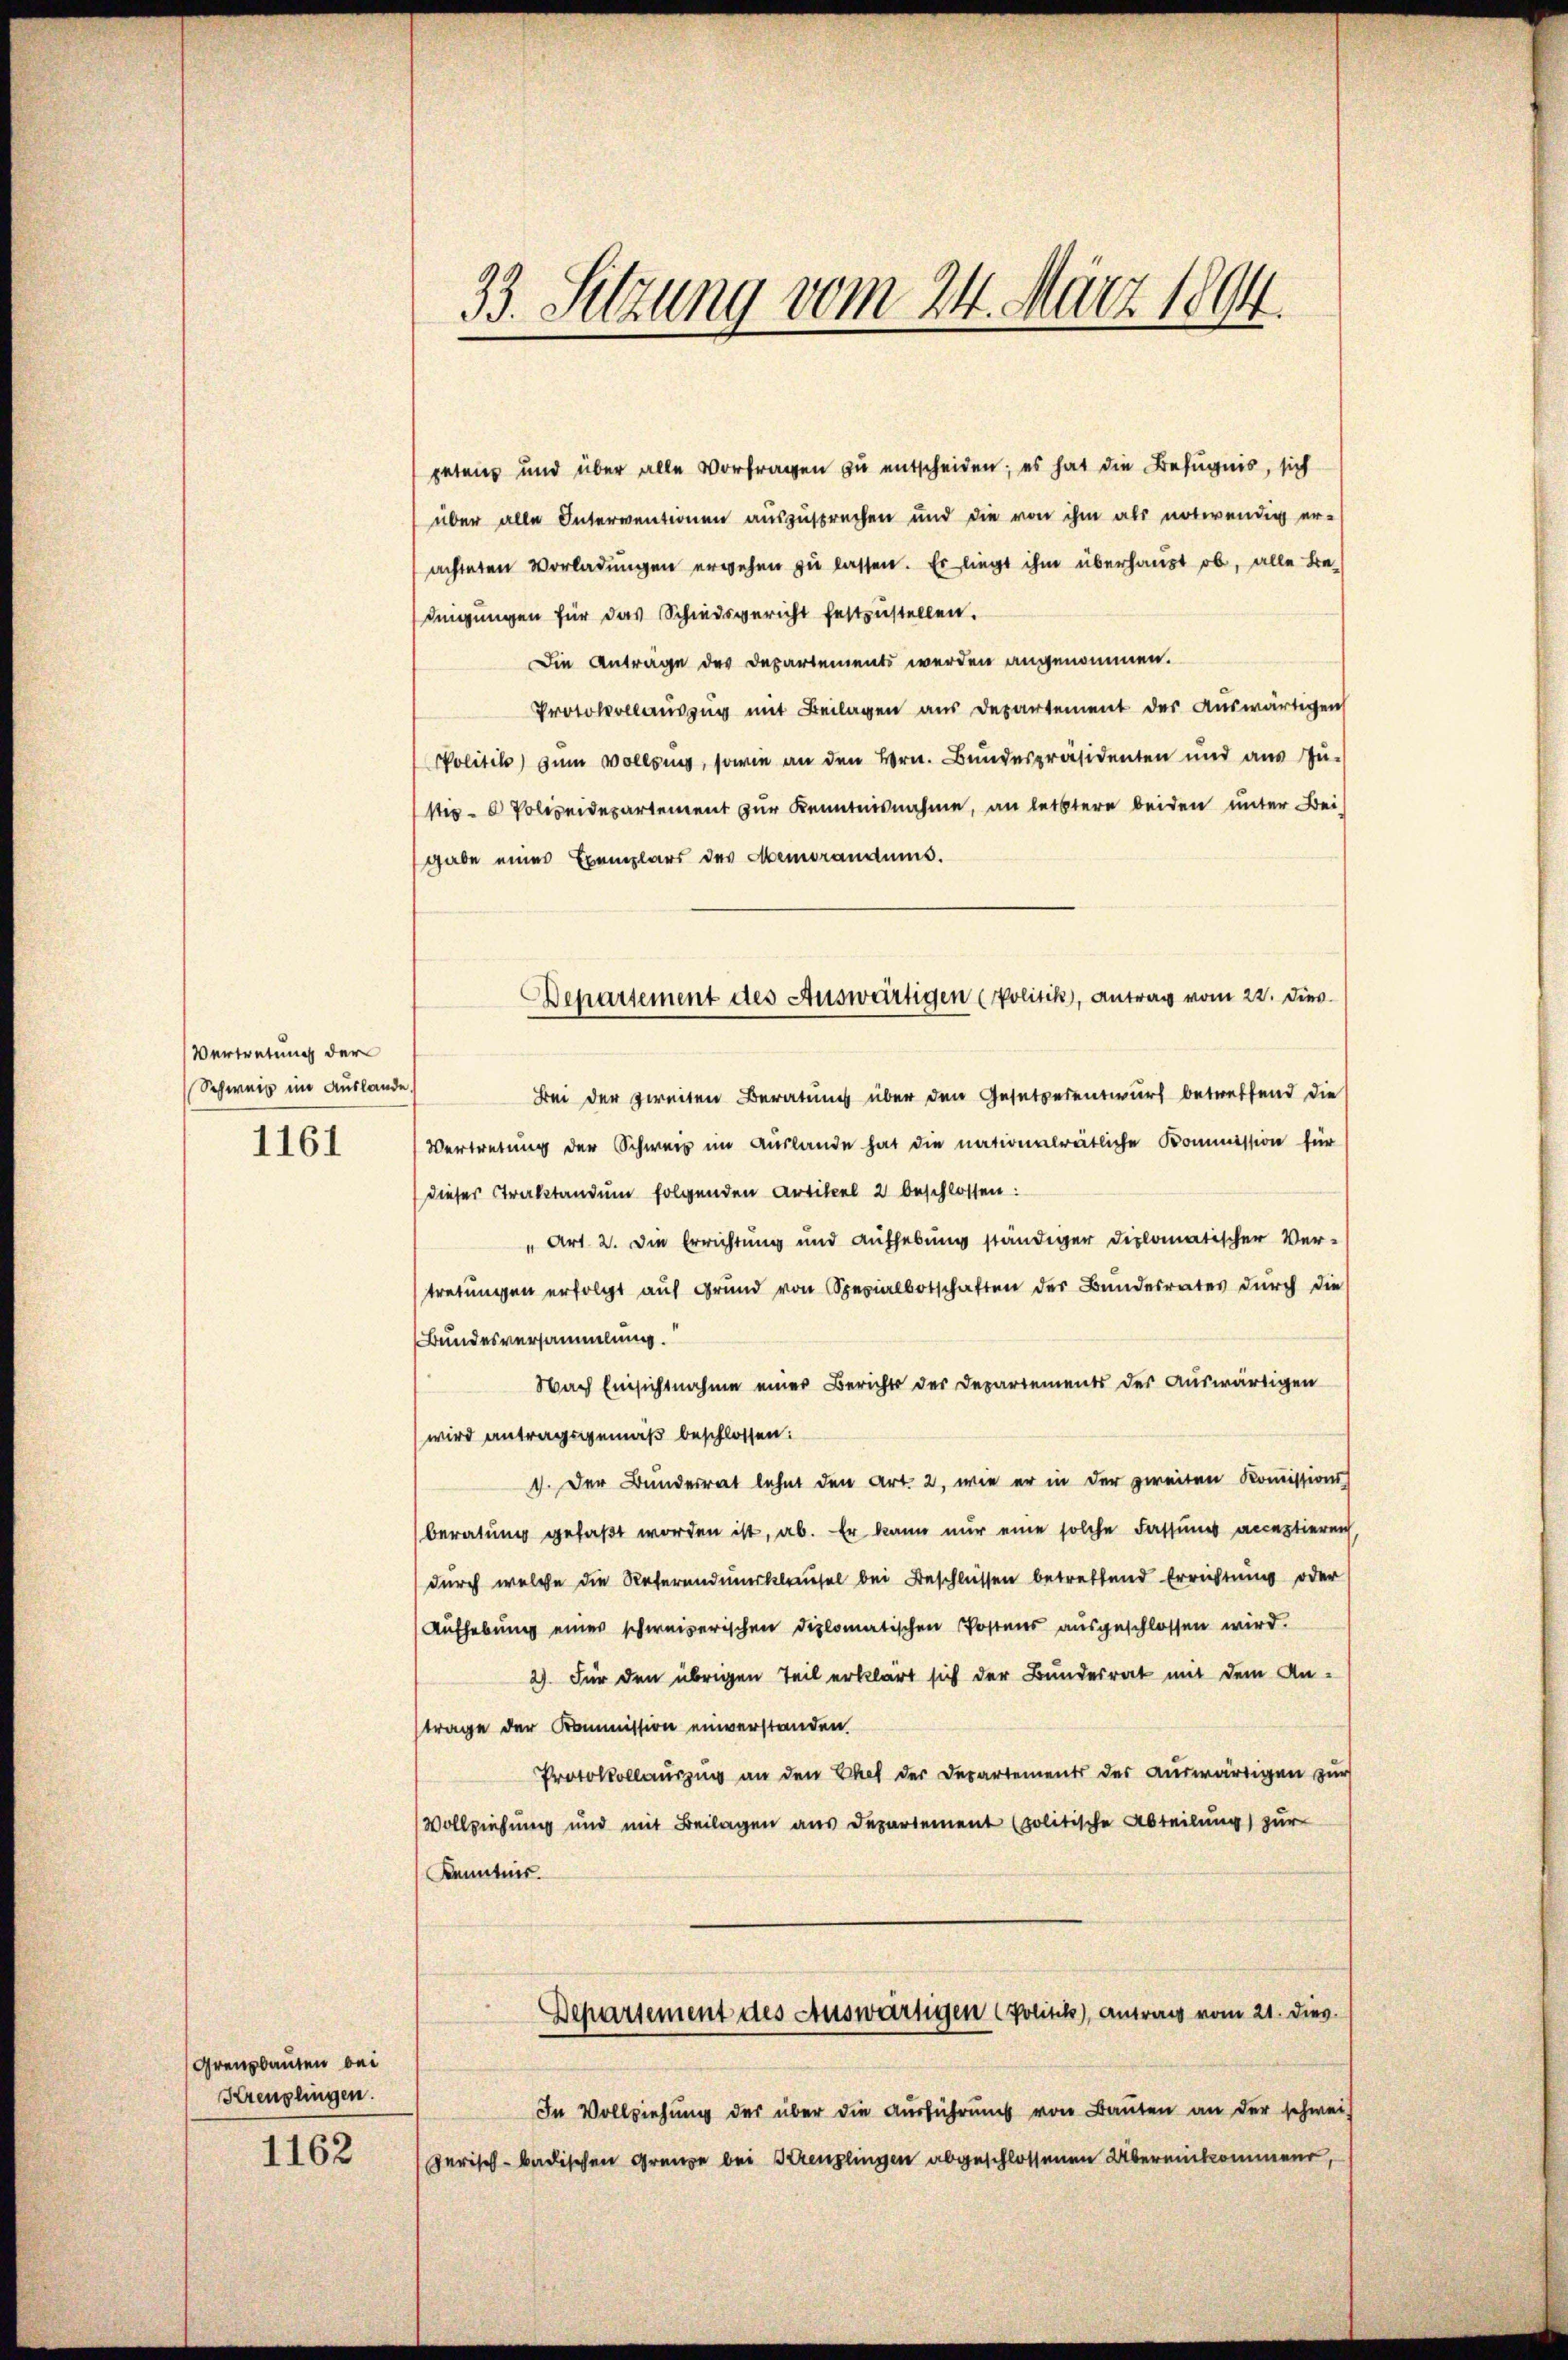
Vertretung der
Schweiz im Auslande

1161

Grenzbauten bei
Kreuzlingen.
1162

33. Setzung vom 24. März 1894.

petens und über alle Vorfragen zu entscheiden; es hat die Befugnis, sich
über alle Interventionen auszusprechen und die von ihm als notwendig er-
achteten Vorladungen ergehen zu lassen. Es liegt ihm überhaust ob, alle Bednigungen für das Schiedsgericht festzustellen.
Die Anträge des Departements werden angenommen.
Protokollauszug mit Beilagen aus Departement der Auswärtigen
Politik zum Vollzung, sowie an den Hrn. Bundespräsidenten und aus Zu-
stiz- & Polizeidepartement zur Kenntnisnahme, an letztere beiden unter Bei-
gabe einer Exemplars des Memorandums.
Bei der zweiten Beratung über den Gesetzesentwurf betreffend die
Vertretung der Schweiz im Auslande hat die nationalrätliche Kommission für
dieser Straktandum folgenden Artikel 2 beschlossen:
" Art. 2. Die Errichtung und Aufhebung ständiger Diplomatischer Ver-
tretungen erfolgt auf Grund von Spezialbotschaften des Bundesrates durch die
Bundesversammlung.
Nach Einsichtnahme einer Berichts der Departements der auswärtigen
wird antragsgemäß beschlossen:
1. Der Bunderrat lehnt den Art. 2, wie er in der zweiten Kommissions
beratung gefaßt worden ist, ab. Er kann nur eine solche Fassung acceptieren
durch welche die Referendumsklausel bei Beschlüssen betreffend Errichtung oder
Aufhebung einer schweizerischen diplomatischen Postens ausgeschlossen wird.
2) Für den übrigen Teil erklärt sich der Bundesrat mit dem An-
trage der Kommission einverstanden.
Protokollauszug an den Chef der Departements des auswärtigen zur
Vollziehung und mit Beilagen aus Departement (politische Abteilung) zur
Kenntnis.
Departement des Auswärtigen (Politik), Antrag vom 21. dies
In Vollziehung der über die Ausführung von Bauten an der schwei-
Jerisch-badischen Grenze bei Kreuzlingen abgeschlossenen Übereikommen,

Departement des Auswärtigen (Politik, Antrag vom 22. dies